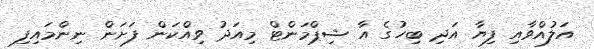
އަލުއްވާއި ފިޔާ އަދި ބިހުގެ އާ ޝިޕްމަންޓް މިއަދު ވިއްކަން ފަށަން ނިންމައިފި